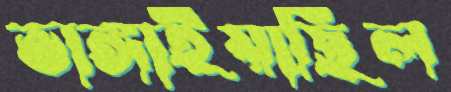
ভাঙ্গাইয়াছিল